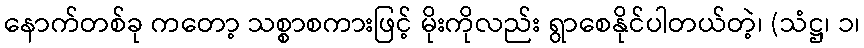
နောက်တစ်ခု ကတော့ သစ္စာစကားဖြင့် မိုးကိုလည်း ရွာစေနိုင်ပါတယ်တဲ့၊ (သံဋ္ဌ၊ ၁၊